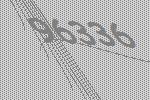
96336